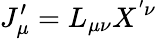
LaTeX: J_{\mu}^{\prime}=L_{\mu\nu}X^{'\nu}